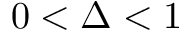
0 < \Delta < 1